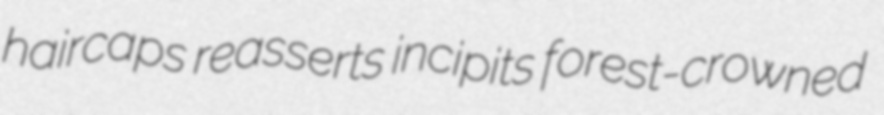
haircaps reasserts incipits forest-crowned